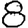
Digit: 8